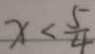
x < \frac { 5 } { 4 }